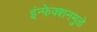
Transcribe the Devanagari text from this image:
इंन्फेक्शनमुळे